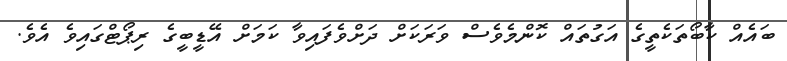
ބައެއް ކާބޯތަކެތީގެ އަގުތައް ކޮންމެވެސް ވަރަކަށް ދަށްވެފައިވާ ކަމަށް އޭޑީބީގެ ރިޕޯޓްގައިވެ އެވެ.